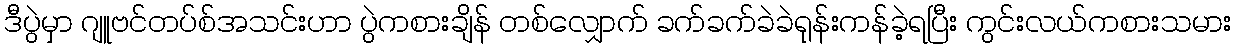
ဒီပွဲမှာ ဂျူဗင်တပ်စ်အသင်းဟာ ပွဲကစားချိန် တစ်လျှောက် ခက်ခက်ခဲခဲရုန်းကန်ခဲ့ရပြီး ကွင်းလယ်ကစားသမား